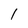
Character: 1